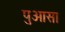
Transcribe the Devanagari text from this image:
पुआसा